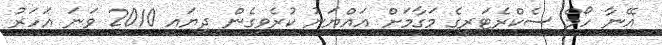
އޭނާ ހޯމް ސެކްރެޓަރީގެ މަގާމަށް އައްޔަނު ކުރެވިގެން ދިޔައީ 2010 ވަނަ އަހަރު